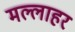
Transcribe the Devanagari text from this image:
मल्लाहर